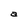
Character: a